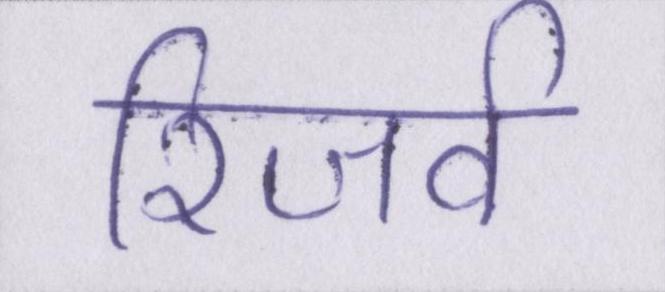
रिजर्व